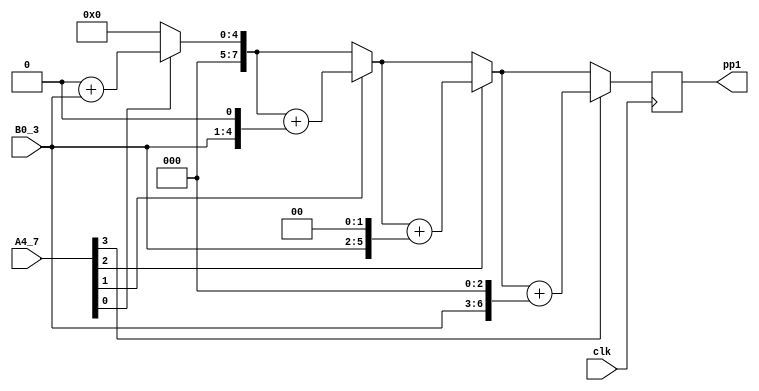
`timescale 1ns / 1ps
//////////////////////////////////////////////////////////////////////////////////
// Company: 
// Engineer: 
// 
// Design Name: 
// Module Name:    multi_4_4_pp1 
// Project Name: 
// Target Devices: 
// Tool versions: 
// Description: 
//
// Dependencies: 
//
// Revision: 
// Revision 0.01 - File Created
// Additional Comments: 
//
//////////////////////////////////////////////////////////////////////////////////
module multi_4_4_pp1(
input clk,
//input clr,
input [3:0] A4_7,
input [3:0] B0_3,
output reg [7:0] pp1
);

reg [7:0] pv;
reg [7:0] bp;  
integer i;

always @(posedge clk)// or posedge clr)
	begin
		pv = 8'b00000000;
		bp = {4'b0000,B0_3};
		for (i = 0; i<=3; i=i+1)
			begin
				if (A4_7[i] == 1)
				pv = pv+bp;
				bp={bp[6:0], 1'b0};
			end
		pp1=pv;
	end
	

endmodule